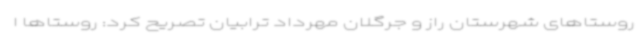
روستاهای شهرستان راز و جرگلان مهرداد ترابیان تصریح کرد: روستاها ا